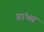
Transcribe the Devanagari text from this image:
गांभत